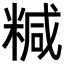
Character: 𥻇